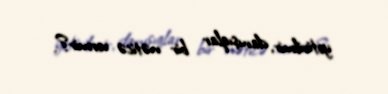
yetirilmir, danışıqlar bir nəticə vermir?.